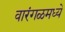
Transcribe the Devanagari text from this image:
वारंगळमध्ये